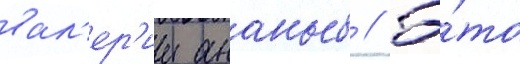
вал'ер'ии ананьев // Э́то